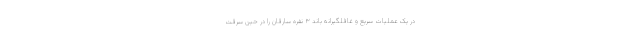
در یک عملیات سریع و غافلگیرانه باند ۳ نفره سارقان را در حین سرقت